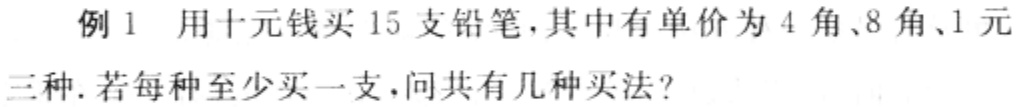
例1 用十元钱买15支铅笔，其中有单价为4角、8角、1元三种. 若每种至少买一支，问共有几种买法？